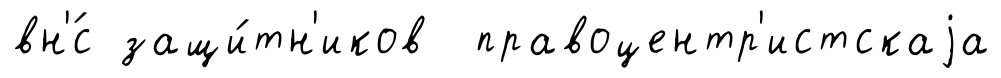
вн'́с защи́тн'иков правоцентр'истскаjа